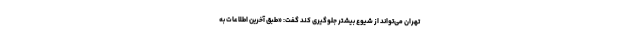
تهران می‌تواند از شیوع بیشتر جلوگیری کند گفت: «طبق آخرین اطلاعات به